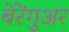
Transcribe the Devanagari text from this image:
बेरेंगुअर